Report of the Indian Hemp Drugs Commission, 1894-1895 - Volume IV
Year: 1894
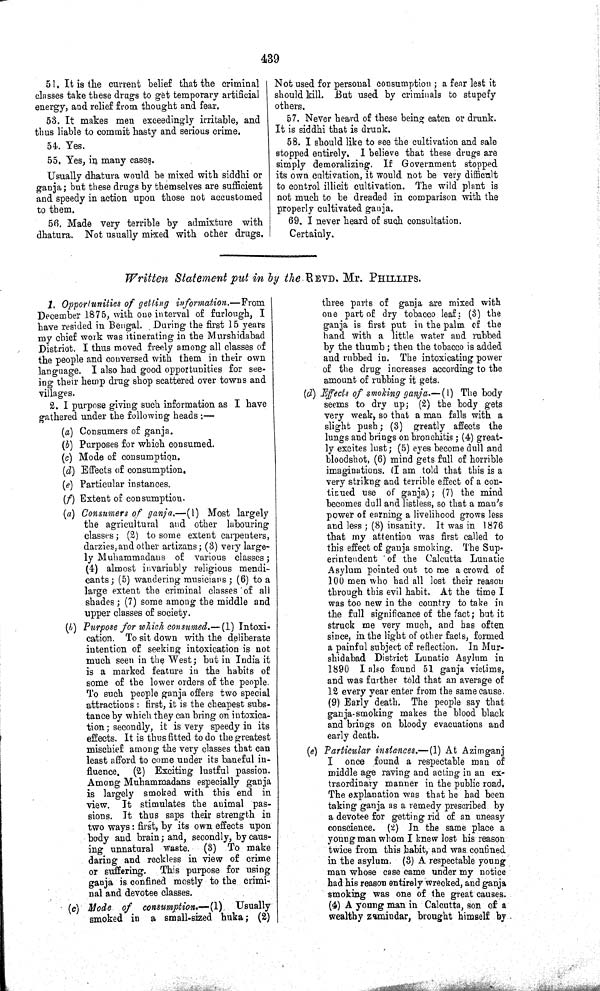
439
51. It is the current belief that the criminal
classes take these drugs to get temporary artificial
energy, and relief from thought and fear.
53. It makes men exceedingly irritable, and
thus liable to commit hasty and serious crime.
54. Yes.
55. Yes, in many cases.
Usually dhatura would be mixed with siddhi or
ganja; but these drugs by themselves are sufficient
and speedy in action upon those not accustomed
to them.
56. Made very terrible by admixture with
dhatura. Not usually mixed with other drugs.
Not used for personal consumption; a fear lest it
should kill. But used by criminals to stupefy
others.
57. Never heard of these being eaten or drunk.
It is siddhi that is drunk.
58. I should like to see the cultivation and sale
stopped entirely. I believe that these drugs are
simply demoralizing. If Government stopped
its own cultivation, it would not be very difficult
to control illicit cultivation. The wild plant is
not much to be dreaded in comparison with the
properly cultivated ganja.
69. I never heard of such consultation.
Certainly.
Written Statement put in by the REVD. Mr. PHILLIPS.
1. Opportunities of getting
information.—From
December 1875, with one interval of furlough, I
have resided in Bengal. During the first 15 years
my chief work was itinerating in the Murshidabad
District. I thus moved freely among all classes of
the people and conversed with them in their own
language. I also had good opportunities for see-
ing their hemp drug shop scattered over towns and
villages.
2. I purpose giving such information as I have
gathered under the following heads:—
(a) Consumers of ganja.
(b) Purposes for which consumed.
(c) Mode of consumption.
(d) Effects of consumption.
(e) Particular instances.
(f) Extent of consumption.
(a) Consumers of ganja.—(1) Most largely
the agricultural and other labouring
classes; (2) to some extent carpenters,
darzies, and other artizans; (3) very large-
ly Muhammadans of various classes;
(4) almost invariably religious mendi-
cants; (5) wandering musicians; (6) to a
large extent the criminal classes of all
shades; (7) some among the middle and
upper classes of society.
(b) Purpose for which consumed.—(1) Intoxi-
cation. To sit down with the deliberate
intention of seeking intoxication is not
much seen in the West; but in India it
is a marked feature in the habits of
some of the lower orders of the people.
To such people ganja offers two special
attractions: first, it is the cheapest subs-
tance by which they can bring on intoxica-
tion; secondly, it is very speedy in its
effects. It is thus fitted to do the greatest
mischief among the very classes that can
least afford to come under its baneful in-
fluence. (2) Exciting lustful passion.
Among Muhammadans especially ganja
is largely smoked with this end in
view. It stimulates the animal pas-
sions. It thus saps their strength in
two ways: first, by its own effects upon
body and brain; and, secondly, by caus-
ing unnatural waste. (3) To make
daring and reckless in view of crime
or suffering. This purpose for using
ganja is confined mostly to the crimi-
nal and devotee classes.
(c) Mode of consumption.— (1) Usually
smoked in a small-sized huka; (2)
three parts of ganja are mixed with
one part of dry tobacco leaf: (3) the
ganja is first put in the palm of the
hand with a little water and rubbed
by the thumb; then the tobacco is added
and rubbed in. The intoxicating power
of the drug increases according to the
amount of rubbing it gets.
(d) Effects of smoking ganja.—(1) The body
seems to dry up; (2) the body gets
very weak, so that a man falls with a
slight push; (3) greatly affects the
lungs and brings on bronchitis; (4) great-
ly excites lust; (5) eyes become dull and
bloodshot, (6) mind gets full of horrible
imaginations. (I am told that this is a
very strikng and terrible effect of a con-
tinued use of ganja); (7) the mind
becomes dull and listless, so that a man's
power of earning a livelihood grows less
and less; (8) insanity. It was in 1876
that my attention was first called to
this effect of ganja smoking. The Sup-
erintendent of the Calcutta Lunatic
Asylum pointed out to me a crowd of
100 men who had all lost their reason
through this evil habit. At the time I
was too new in the country to take in
the full significance of the fact; but it
struck me very much, and has often
since, in the light of other facts, formed
a painful subject of reflection. In Mur-
shidabad District Lunatic Asylum in
1890 I also found 51 ganja victims,
and was further told that an average of
12 every year enter from the same cause.
(9) Early death. The people say that
ganja-smoking makes the blood black
and brings on bloody evacuations and
early death.
(e) Particular instances.—(1) At Azimganj
I
once found a respectable man of
middle age raving and acting in an ex-
traordinary manner in the public road.
The explanation was that he had been
taking ganja as a remedy prescribed by
a devotee for getting rid of an uneasy
conscience. (2) In the same place a
young man whom I knew lost his reason
twice from this habit, and was confined
in the asylum. (3) A respectable young
man whose case came under my notice
had his reason entirely wrecked, and ganja
smoking was one of the great causes.
(4) A young man in Calcutta, son of a
wealthy zamindar, brought himself by